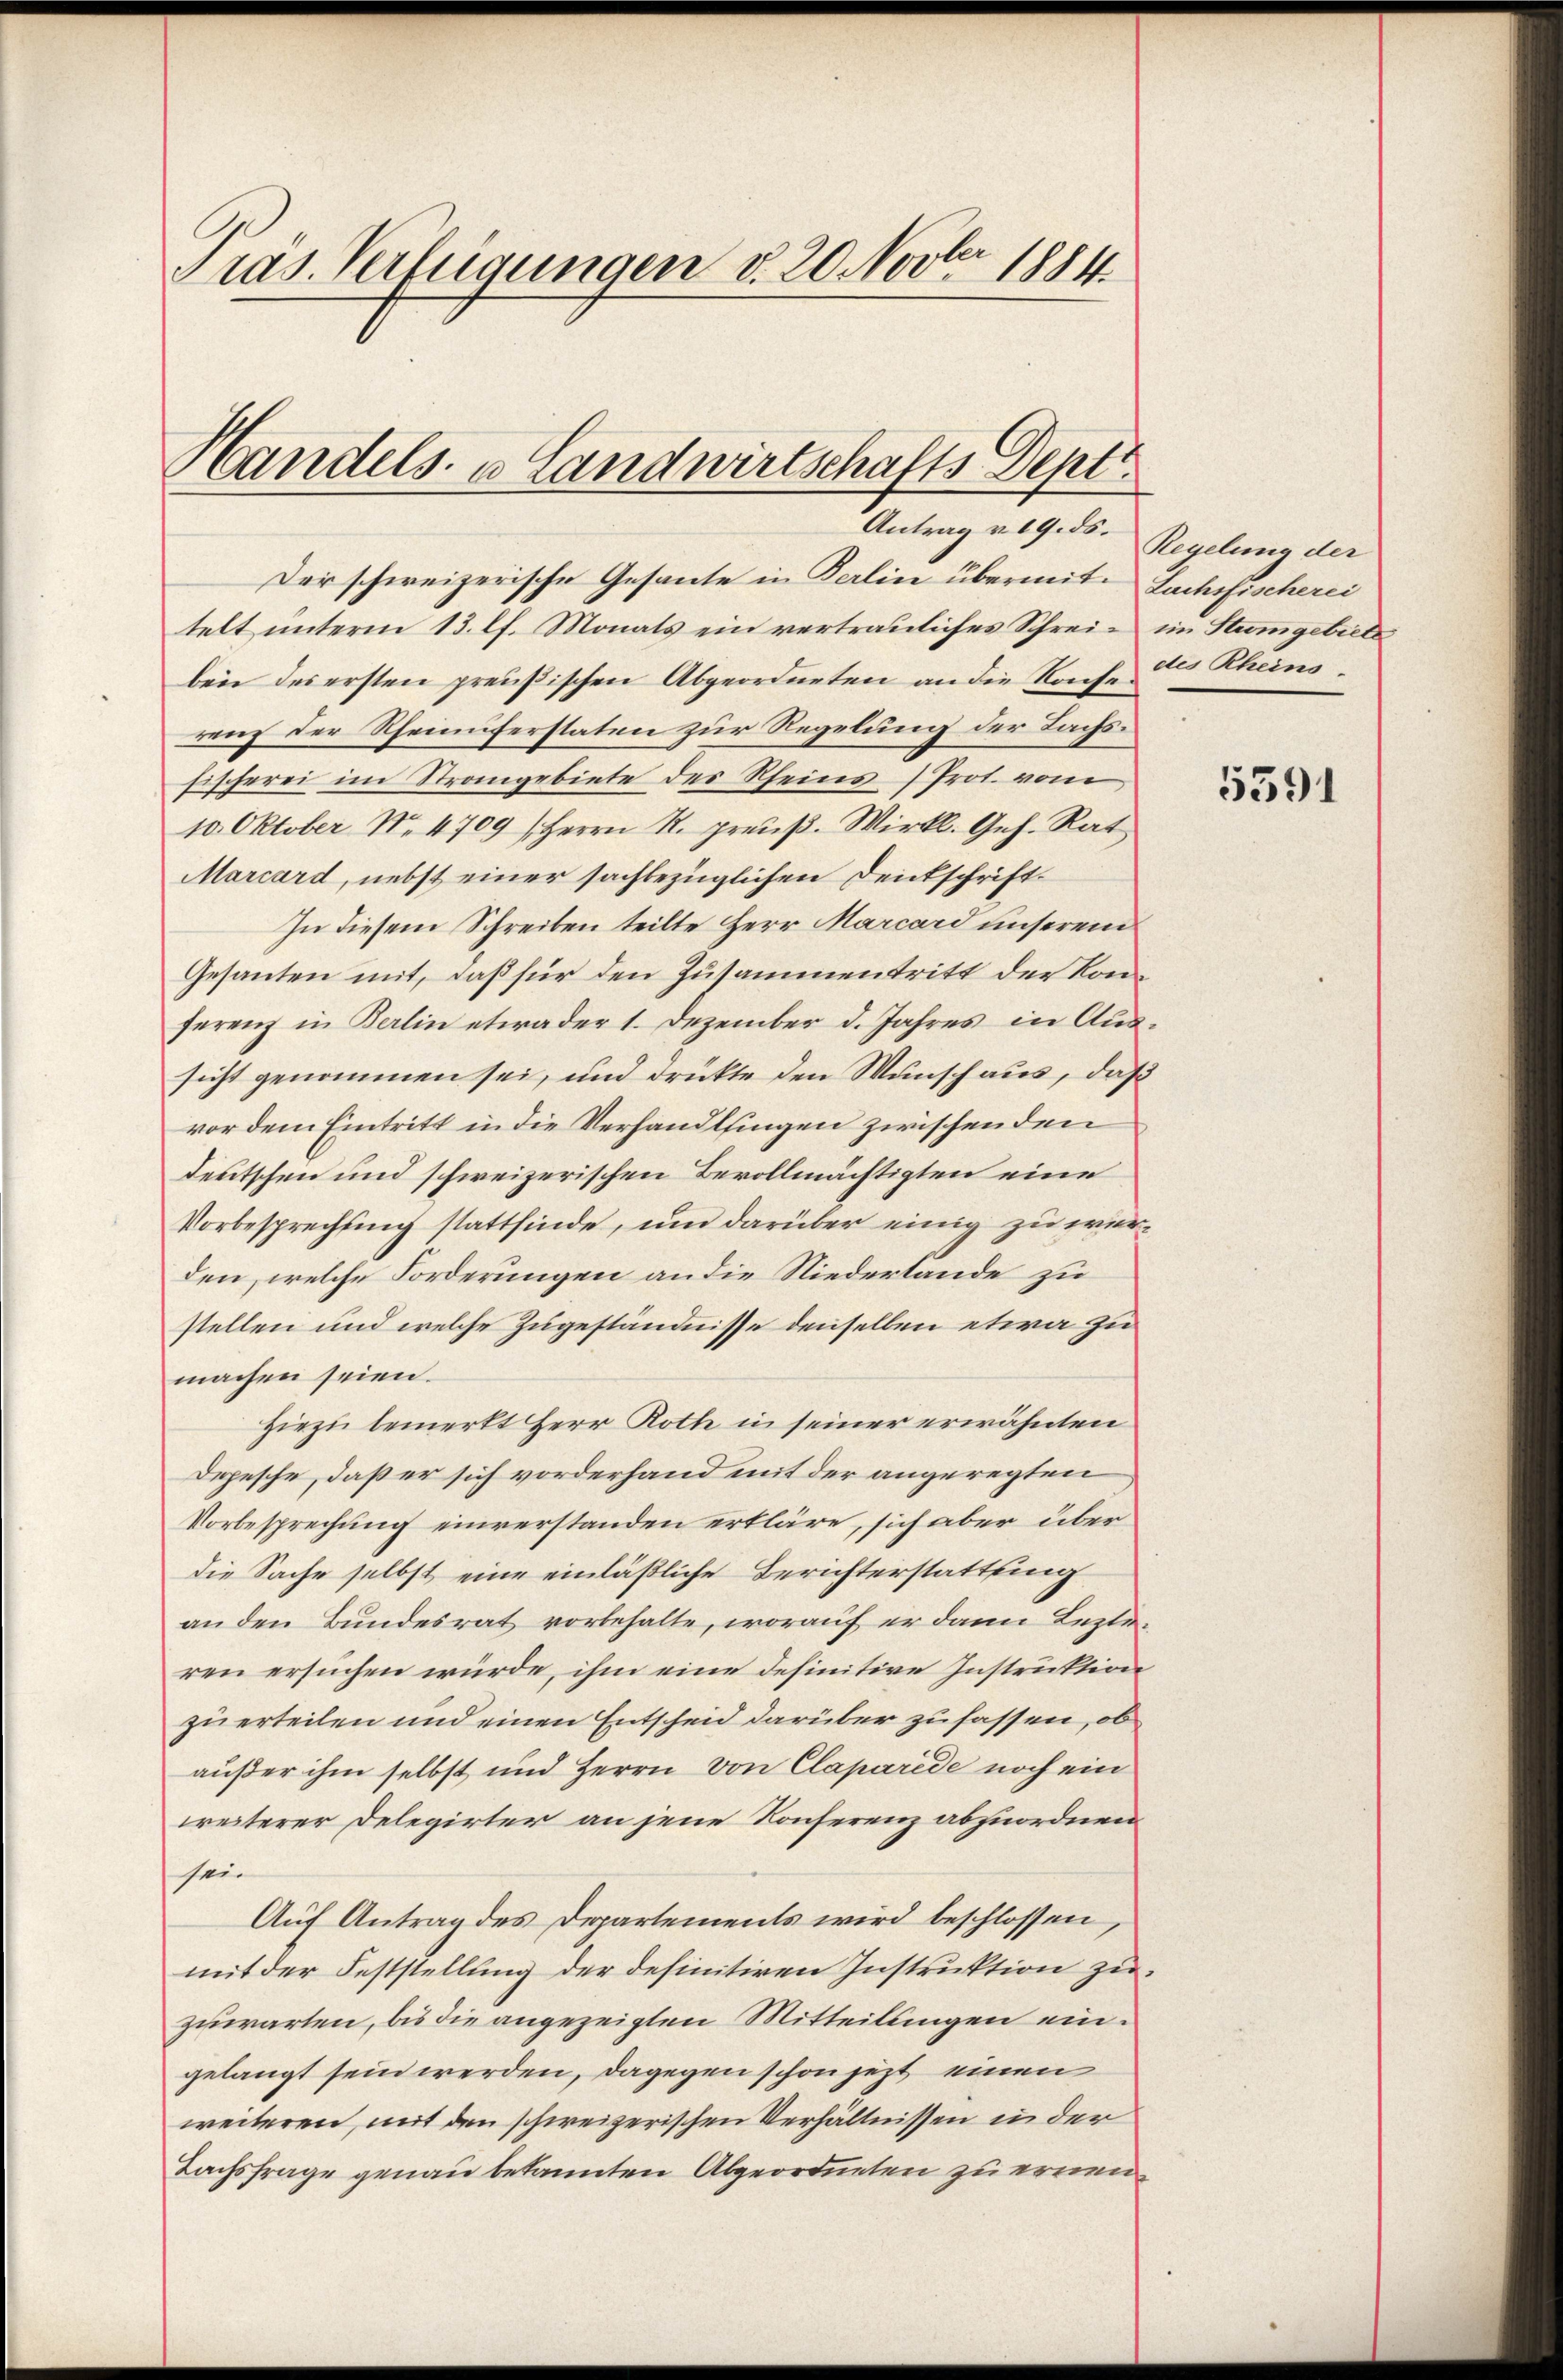
Präs. Verfügungen d. 20. Novber 1884.

Handels- u Landwirtschafts Dept
Antrag v. 19. ds.

Der schweizerische Gesante in Kalin übermit Sachefischerei
telt unterm 13. lf. Monats ein vertrauliches Schrei- im Stumgebiete
ben des ersten preußischen Abgeordneten an die Rache an Rheins
renz der Rheinuferstaten zur Regelung der Lachs¬
Fischerei im Strangebiete des Rheins (Prot. vom
10. Oktober No. 4709 (Herrn R. preuß. Wirkl. Geh. Rat
Marcard, nebst einer sachbezüglichen Deickschrift¬
In diesem Schreiben teilte Herr Marcard unserem
Gesanten mit, daß für den Zusammentritt der Konferenz in Berlin etwader 1. Dezember d. Jahres in Aussicht genommen sei, und drükte den Wunsch aus, daß
vor dem Eintritt in die Verhandlsingen zwischenden
deutschen und schweizerischen Bevollmächtigten eine
Vorbesprechung stattfinde, und darüber einig zu werden, welche Forderungen an die Niedertande zu
stellen und welche Zugeständnisse denselben etwa zu
machen seien.
Hiezu bemerkt Herr Roth in seiner erwähnten
Depesche, daß er sich vorderhand mit der angeregten
Vorbesprechung einverstanden erkläre, sich aber über
die Sache selbst eine einläßliche Berichterstattung
an den Bundesrat vorbehalte, worauf er dann Lezteren ersuchen würde, ihm eine definitive Instruktion
zu erteilen und einen Entscheid darüber zufassen, ob
außer ihm selbst und Herrn von Claparide noch ein
weiterer Delegirter an jene Konferenz abzuordnen.
sein
Auf Antrag des Departements wird beschlossen,
mit der Feststellung der definitiven Instruktion zuzuwarten, bis die angezeigten Mitteilungen eingelangt sein werden, dagegen schon jezt einen
weiteren, mit den schweizerischen Verhältnissen in der
Lachsfrage genau bekannten Abgeordneten zu ernen¬

Regelung der

5591